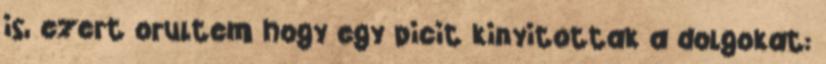
is, ezert orultem hogy egy picit kinyitottak a dolgokat: